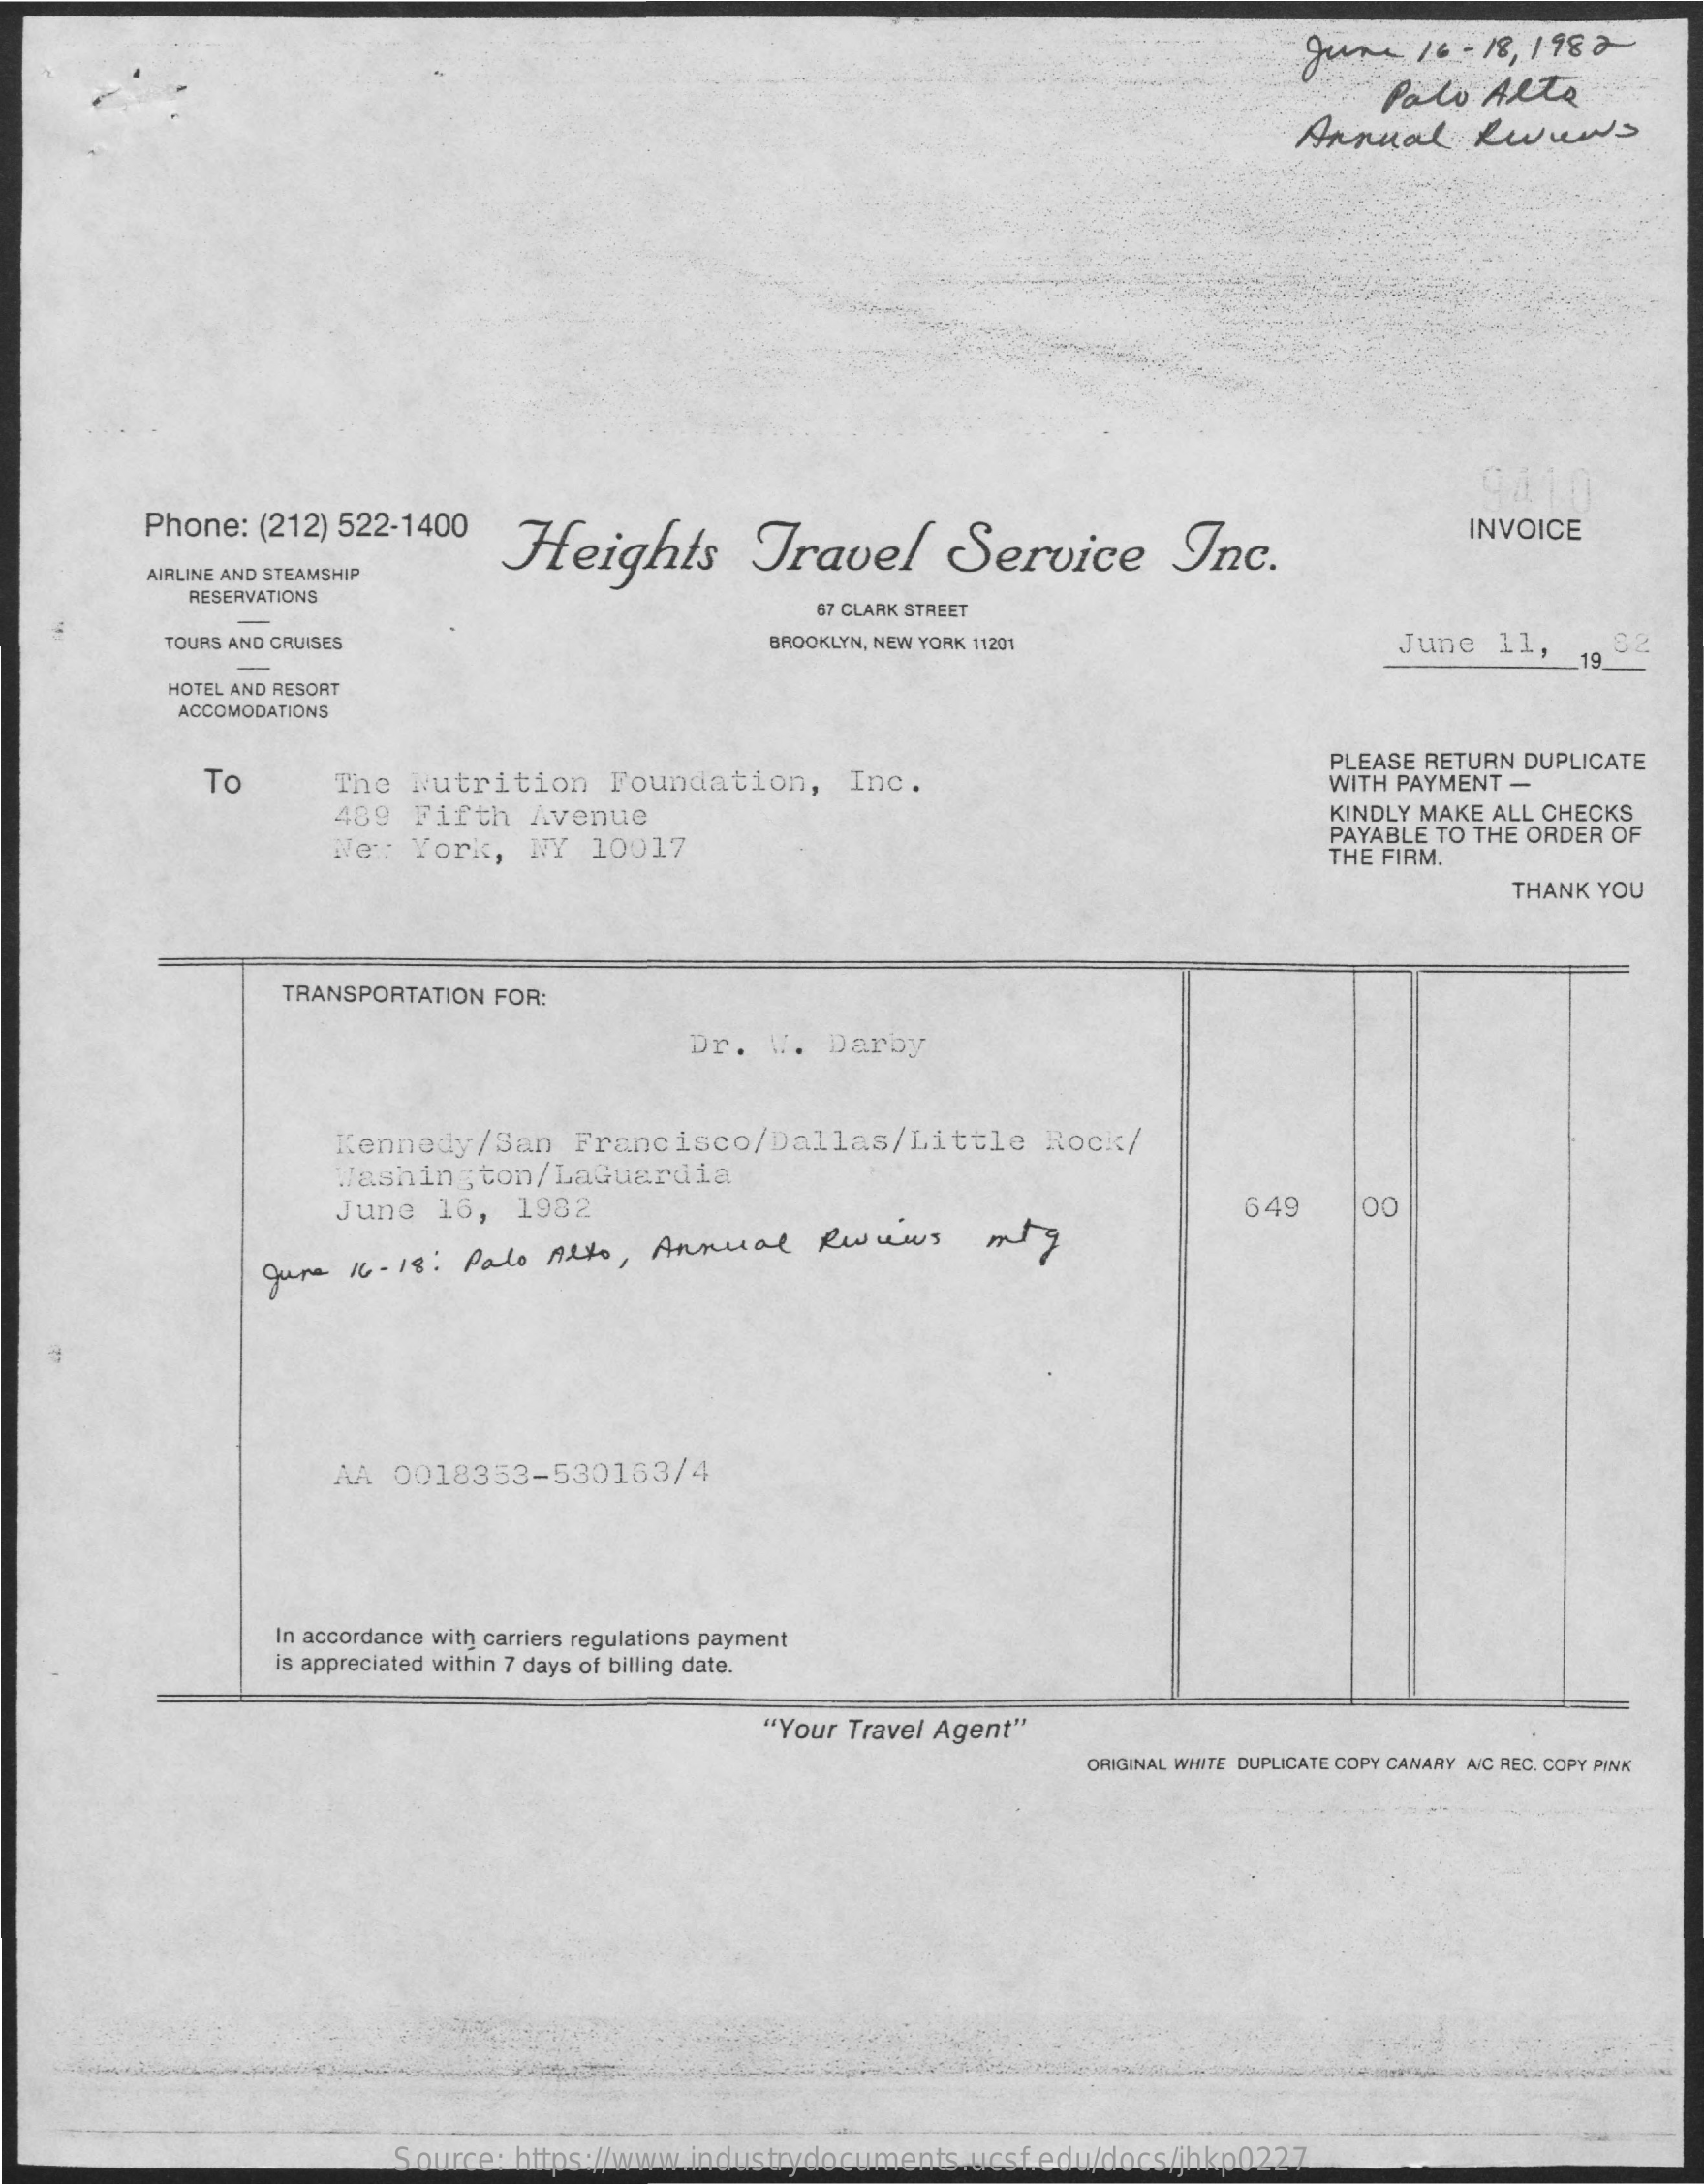
June    16 - 18 , 1982
     Palo   Alto
     Annual    Reviews
     Phone: (212) 522-1400
     Heights    Travel    Service    Inc.
     INVOICE
     AIRLINE AND STEAMSHIP
     RESERVATIONS
     67 CLARK STREET
     TOURS AND CRUISES    BROOKLYN, NEW YORK 11201    June  11,
     19
     HOTEL AND RESORT
     ACCOMODATIONS
     To    The  Nutrition   Foundation,    Inc.
     PLEASE RETURN DUPLICATE
     WITH PAYMENT -
     489  Fifth  Avenue    KINDLY MAKE ALL CHECKS
     New  York,  NY  10017
     PAYABLE TO THE ORDER OF
     THE FIRM.
     THANK YOU
     TRANSPORTATION FOR:
     Dr.  W.  Darby
     Kennedy/San    Francisco/Dallas/Little    Rock/
     Washington/LaGuardia
     June  16,  1982    649    00
     June 16- 18: Palo Alto,  Annual    Reviews   mig
     AA 0018353-530163/4
     In accordance with carriers regulations payment
     is appreciated within 7 days of billing date.
     "Your Travel Agent"
     ORIGINAL WHITE DUPLICATE COPY CANARY A/C REC. COPY PINK
     Source: https://www.industrydocuments.ucsf.edu/docs/jhkp0227